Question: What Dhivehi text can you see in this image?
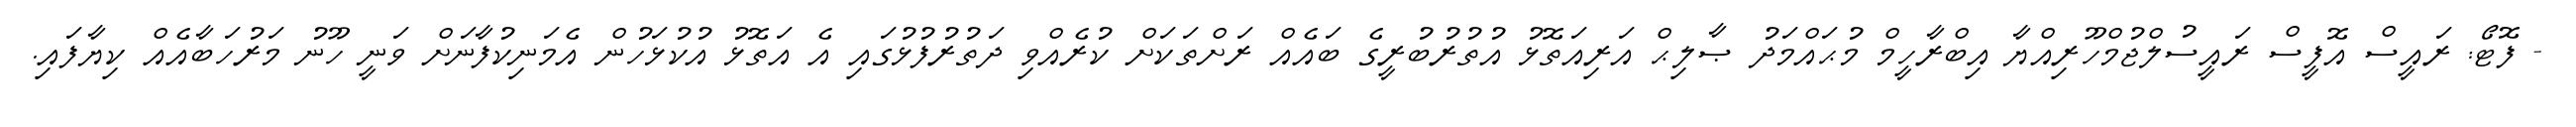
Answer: - ފޮޓޯ: ރައީސް އޮފީސް ރައީސުލްޖުމްހޫރިއްޔާ އިބްރާހީމް މުޙައްމަދު ޞާލިޙް އަރިއަތޮޅު އުތުރުބުރީގެ ބައެއް ރަށްތަކަށް ކުރެއްވި ދަތުރުފުޅުގައި އެ އަތޮޅު އުކުޅަހުން އެމަނިކުފާނަށް ވަނީ ހޫނު މަރުހަބާއެއް ކިޔާފައި.